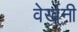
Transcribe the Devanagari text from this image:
वेर्ख़्नी